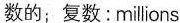
数的;复数:millions